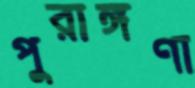
পুরাঙ্গণা